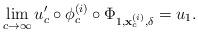
LaTeX: \begin{align*}\lim_{c\to \infty}u'_c \circ \phi^{(i)}_c\circ \Phi_{1,{\bf x}_c^{(i)},\delta} = u_1.\end{align*}